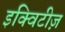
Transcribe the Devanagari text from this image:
इक्विटीज़